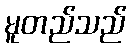
မူတည်သည်